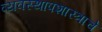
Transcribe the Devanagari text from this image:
व्यवस्थापशास्त्राचे